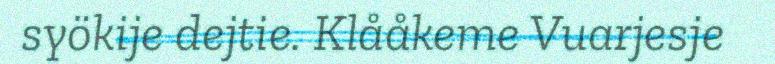
syökije dejtie. Klååkeme Vuarjesje